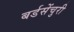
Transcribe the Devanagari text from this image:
बर्डसेंचुरी